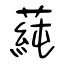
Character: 蒓